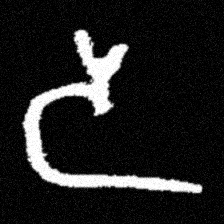
Pyu character \u2014 Myanmar letter: ဒ (romanized: da)